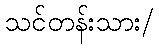
သင်တန်းသား/